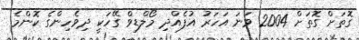
ގޮތަށް ގޮތަށް 2004 ވަނަ އަހަރު އުފެއްދި މޯލްޑިވް ގޭހަކީ ދިވެހިންގެ ކޮންމެ